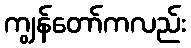
ကျွန်တော်ကလည်း